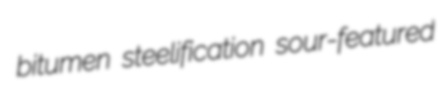
bitumen steelification sour-featured